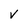
Character: v